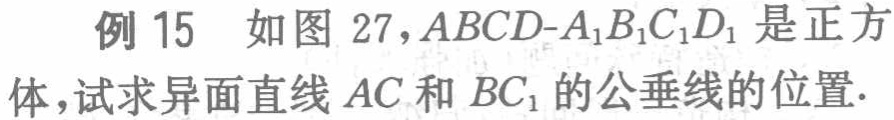
例 15 如图 27，$ABCD - A_{1}B_{1}C_{1}D_{1}$是正方体，试求异面直线$AC$和$BC_{1}$的公垂线的位置.